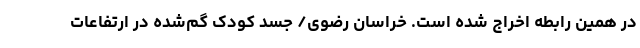
در همین رابطه اخراج شده است. خراسان رضوی/ جسد کودک گم‌شده در ارتفاعات